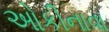
ઓકીનાવા